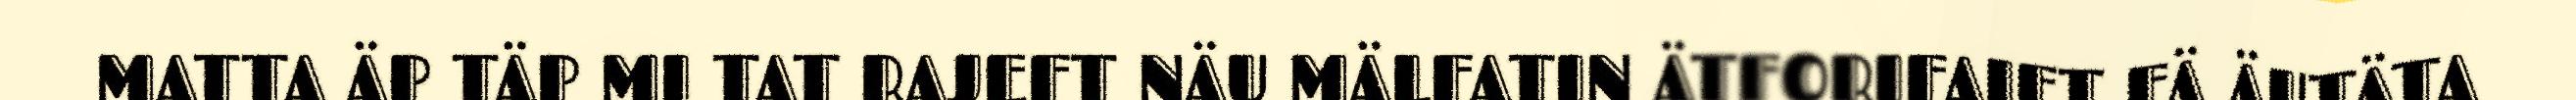
MATTA ÄP TÄP MI TAT RAJEFT NÄU MÄLFATIN ÄTFORIFAIFT FÄ ÄUTÄTA